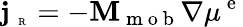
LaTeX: {\mathbf j}_{\mathrm{~\tiny~R~}}=-{\mathbf M}_{\mathrm{~m~o~b~}}\nabla\mu^{\mathrm{~e~}}